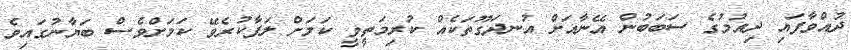
ދުއްވާފައި ދިއުމުގެ ސަބަބުން އޭނާއަށް އުނދަގޫތަކެއް ކުރިމަތީވީ ކަމަށް ލަފާކުރެވޭ ކަމަށްވެސް ބަޔާނުގައިވެ